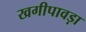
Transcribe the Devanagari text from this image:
खगीपावड़ा